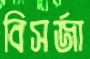
বিসর্জা